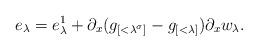
LaTeX: \begin{align*}e_\lambda = e_\lambda^1 + \partial_x (g_{[<\lambda^{\sigma}]}-g_{[<\lambda]}) \partial_x w_\lambda.\end{align*}